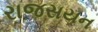
રાજસયન